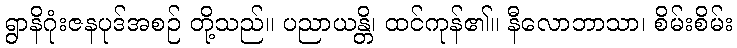
ရွာနိဂုံးဇနပုဒ်အစဉ် တို့သည်။ ပညာယန္တိ၊ ထင်ကုန်၏။ နီလောဘာသာ၊ စိမ်းစိမ်း